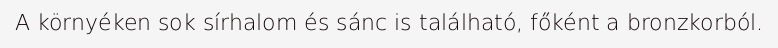
A környéken sok sírhalom és sánc is található, főként a bronzkorból.